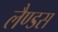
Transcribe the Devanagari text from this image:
लैण्डस